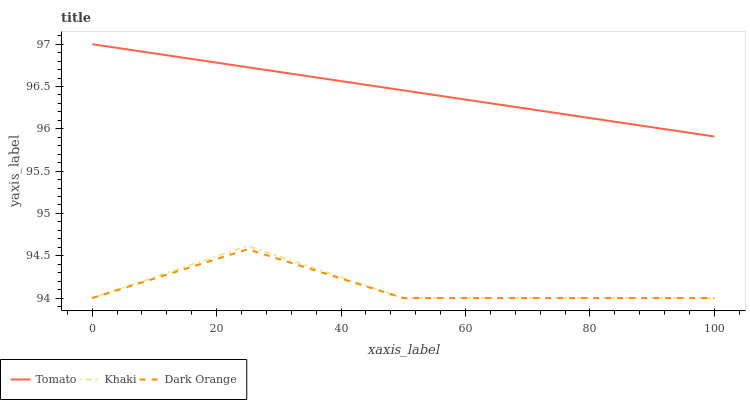
| xaxis_label | Tomato | Khaki | Dark Orange |
 | --- | --- | --- | --- |
 | 0 | 97 | 94 | 94 |
 | 25 | 96.7 | 94.6 | 94.6 |
 | 50 | 96.5 | 94 | 94 |
 | 75 | 96.2 | 94 | 94 |
 | 100 | 95.9 | 94 | 94 |